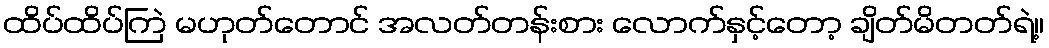
ထိပ်ထိပ်ကြဲ မဟုတ်တောင် အလတ်တန်းစား လောက်နှင့်တော့ ချိတ်မိတတ်ရဲ့။